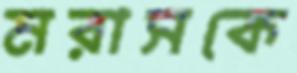
মরাসকে